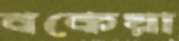
বকেয়া